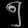
Digit: ၅